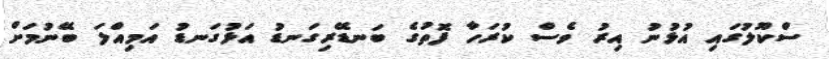
ސްކޫލުގައި އުޅުނު އިރު ވެސް ކުރަހާ ފޮތުގެ ބަނޑޭރިގަނޑު އަޅުގަނޑު އަމިއްލަ ބޭނުމަށް